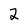
Character: 2